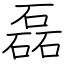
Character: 磊